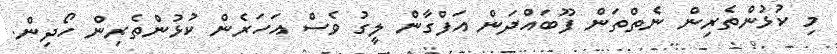
މި ކުޅުންތެރިން ނެތްތަން ފޫބައްދަން އަފްގާން ލީގު ވެސް އަހަރެން ކުޅުންތެރިން ހޯދިން.